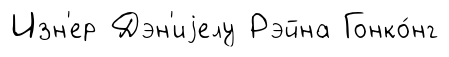
Изн'ер Дэн'иjелу Рэйна Гонко́нг